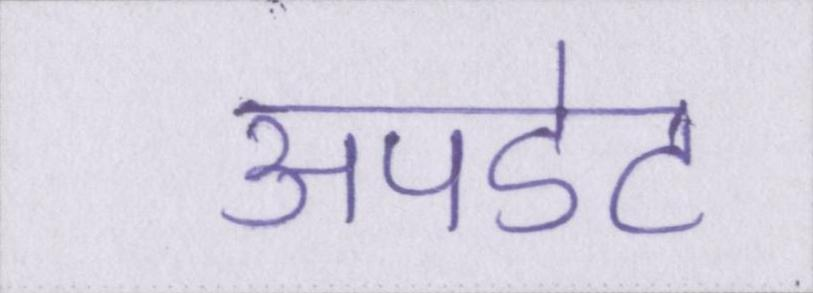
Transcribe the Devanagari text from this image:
अपडेट